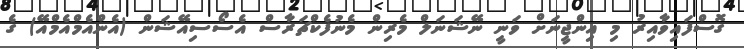
ގޮސްފައިވާއިރު މި އިންޖީނަށް ވަނީ ނޭޝަނަލް މެރިން މެނުފެކްޗަރާސް އެސޯސިއޭޝަން (އެންއެމްއެމްއޭ) ގެ